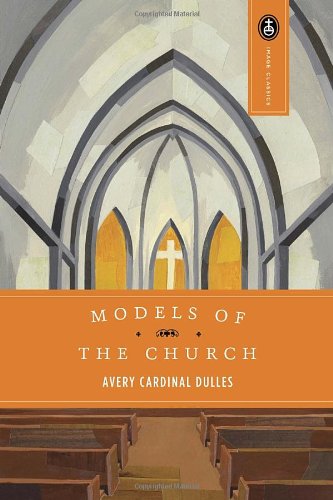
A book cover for Models of the Church (Image Classics); Avery Dulles; Christian Books & Bibles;